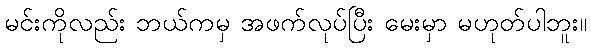
မင်းကိုလည်း ဘယ်ကမှ အဖက်လုပ်ပြီး မေးမှာ မဟုတ်ပါဘူး။